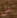
على